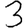
Digit: 3